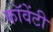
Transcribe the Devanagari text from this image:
कॉवेंटी